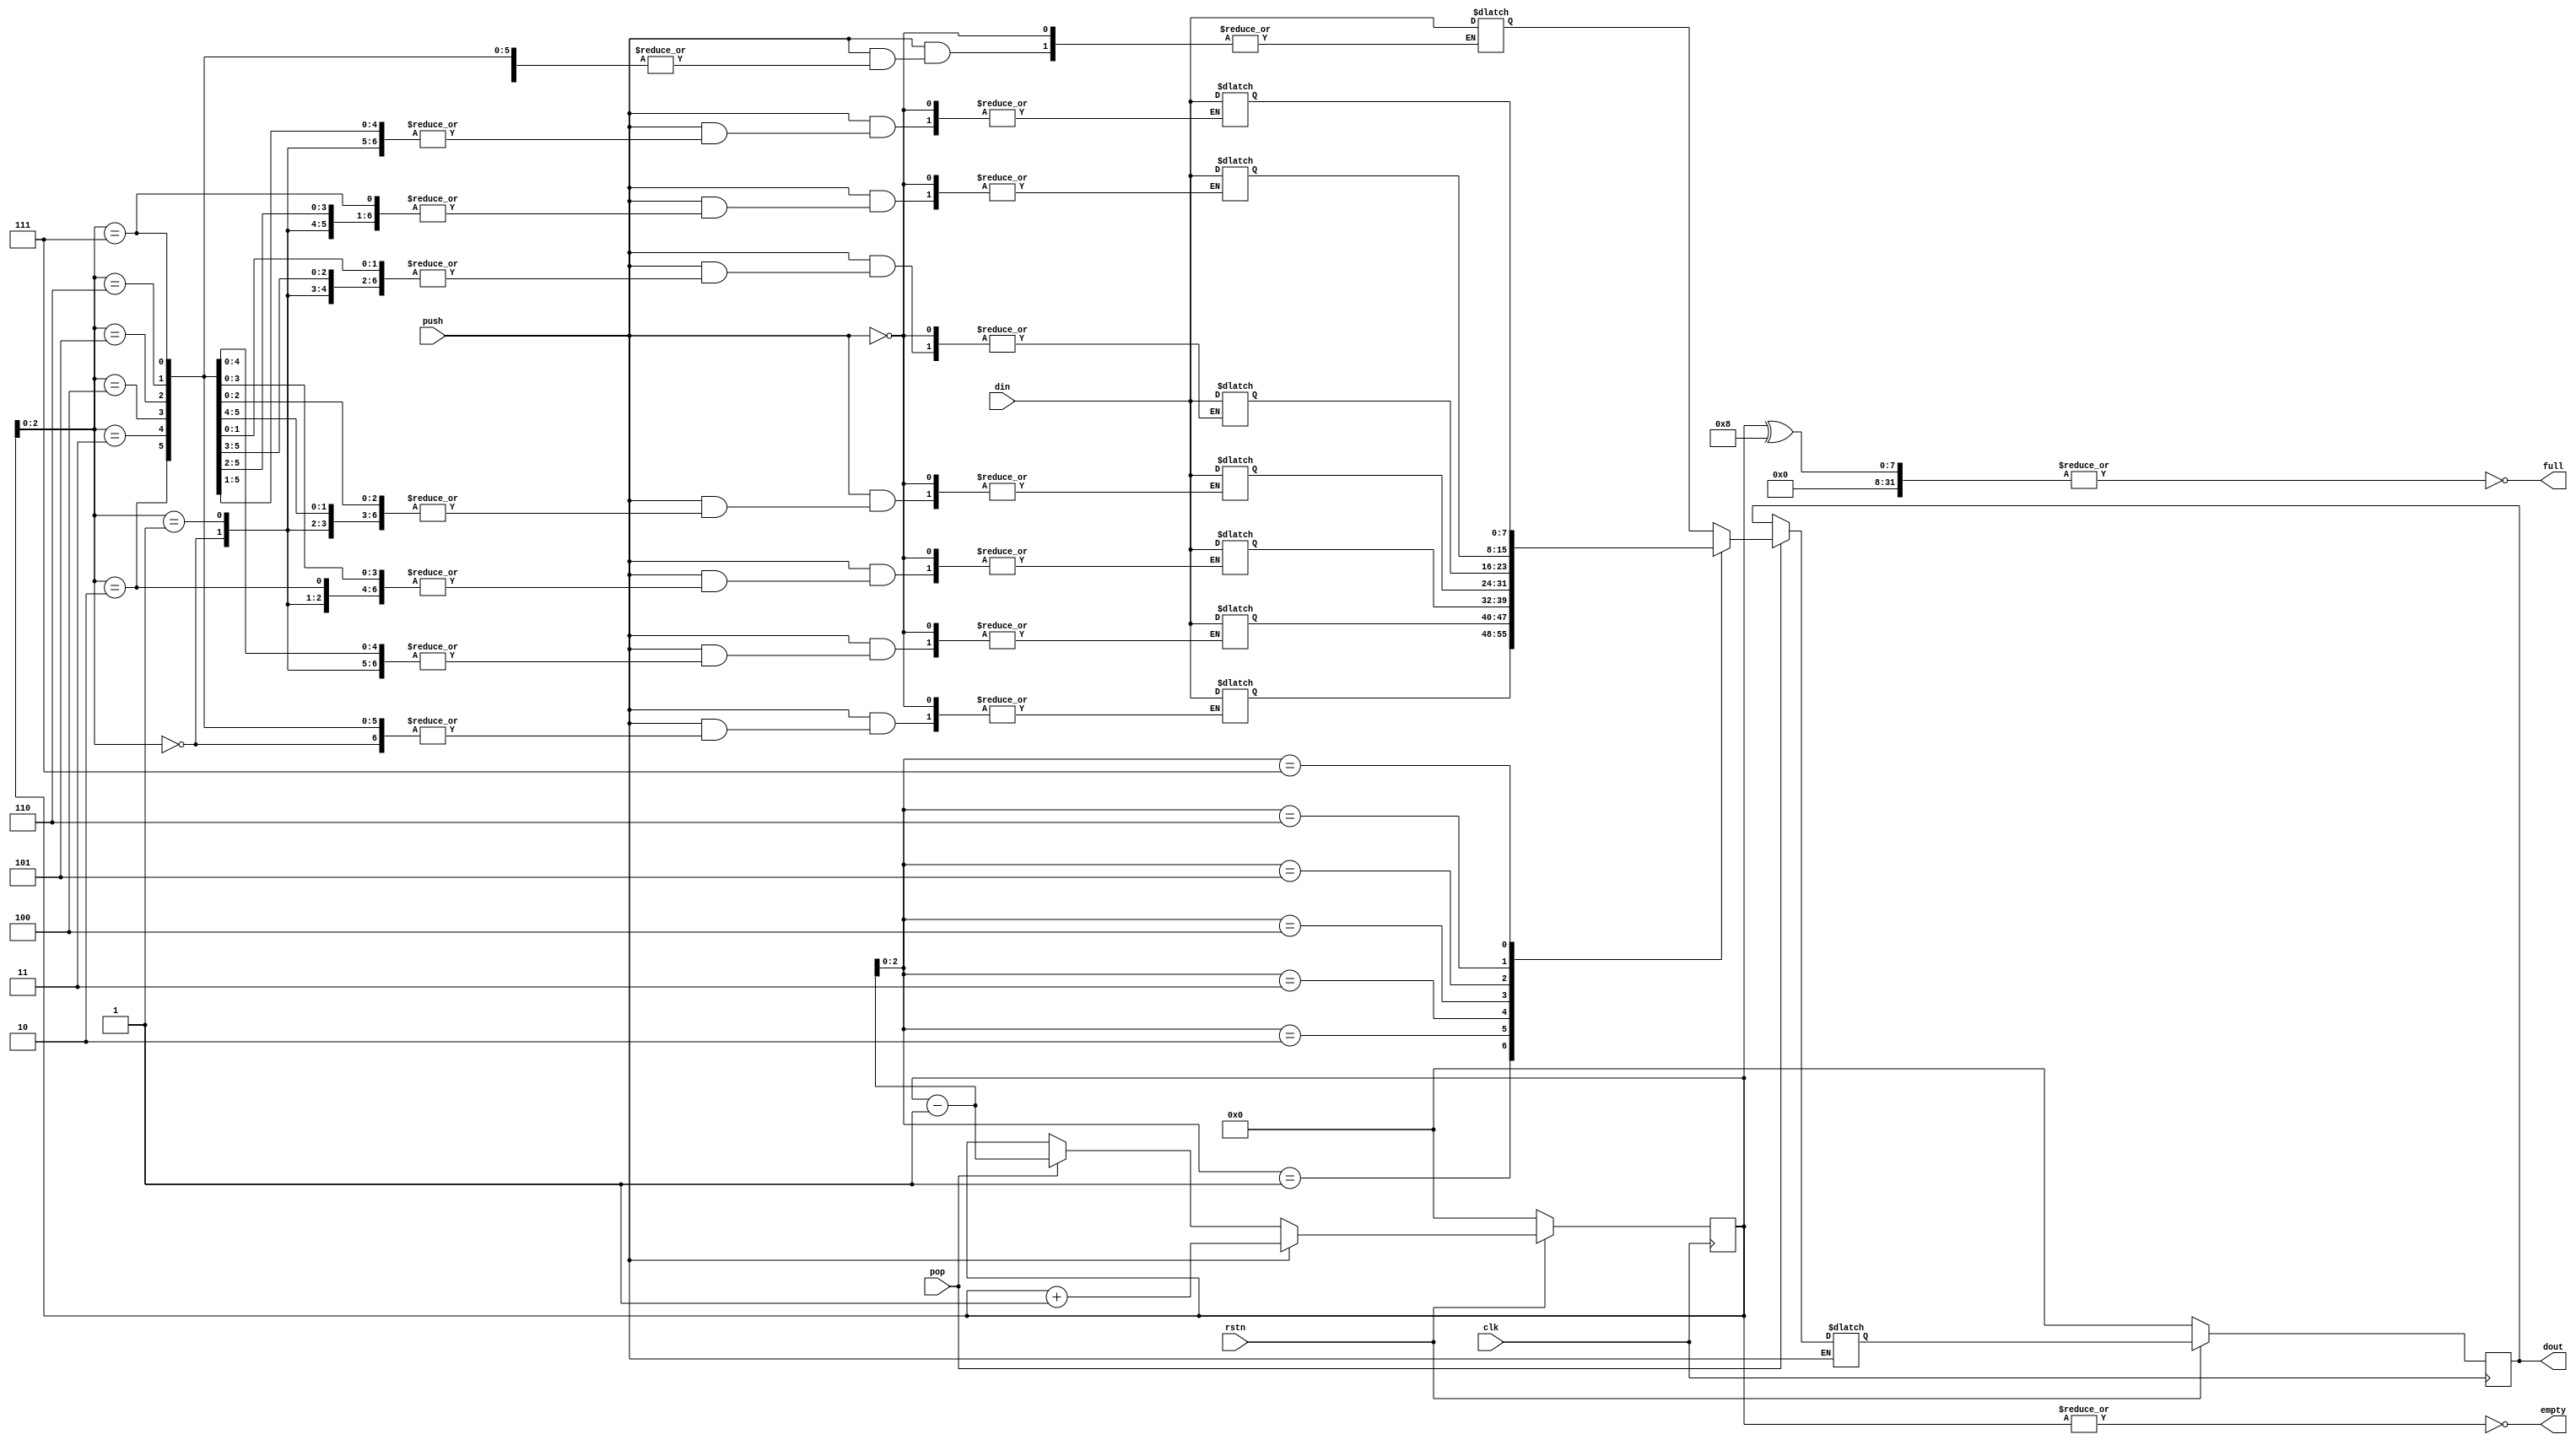
module Stack_LIFO #(parameter WIDTH = 8, parameter DEPTH = 8)
(
      input clk,
      input rstn,
      input pop,
      input push,
      input [WIDTH-1:0]din,

      output [WIDTH-1:0]dout,
      output empty,
      output full
);

reg [WIDTH-1:0]stack[DEPTH-1:0]; //memory
reg [WIDTH-1:0]index, next_index; 
reg [WIDTH-1:0]dout, next_dout;

wire empty, full;

always @ (posedge clk) //Sequential block
begin
  if(!rstn)
  begin
    dout  <= 8'd0;
    index <= 1'b0;
  end
  else
  begin
    dout  <= next_dout;
    index <= next_index;
  end
end

assign empty = !(|index);
assign full  = !(|(index ^ DEPTH));

always @ (*) //Combinational Block
begin
  if(push) //write
  begin
  stack[index] = din;
  next_index   = index+1'b1;
  end
  else if(pop)  //read
  begin
  next_dout  = stack[index-1'b1];
  next_index = index-1'b1;
  end
  else
  begin
  next_dout  = dout;
  next_index = index;
  end
 
end
endmodule